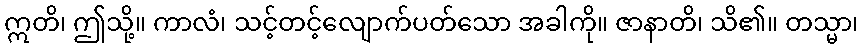
ဣတိ၊ ဤသို့။ ကာလံ၊ သင့်တင့်လျောက်ပတ်သော အခါကို။ ဇာနာတိ၊ သိ၏။ တသ္မာ၊